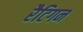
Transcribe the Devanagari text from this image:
रैटिगन